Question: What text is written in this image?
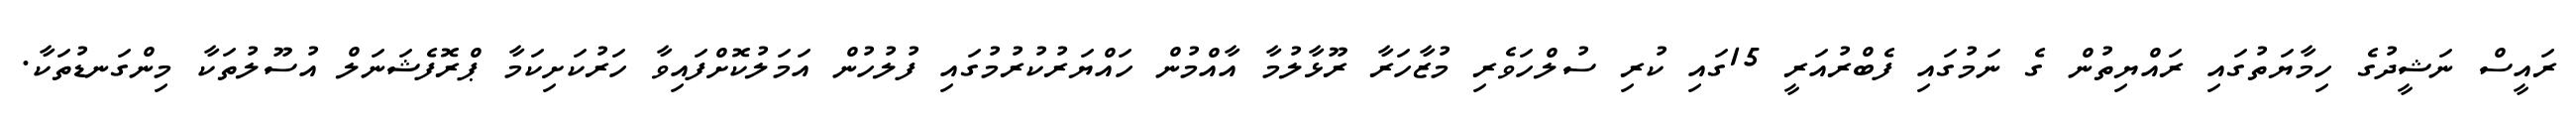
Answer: ރައީސް ނަޝީދުގެ ހިމާޔަތުގައި ރައްޔިތުން ގެ ނަމުގައި ފެބްރުއަރީ 15ގައި ކުރި ސުލްހަވެރި މުޒާހަރާ ރޫޅާލުމާ އާއްމުން ހައްޔަރުކުރުމުގައި ފުލުހުން އަމަލުކޮށްފައިވާ ހަރުކަށިކަމާ ޕްރޮފެޝަނަލް އުސޫލުތަކާ މިންގަނޑުތަކާ.